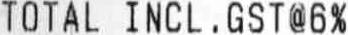
TOTAL INCL ,GST@6%